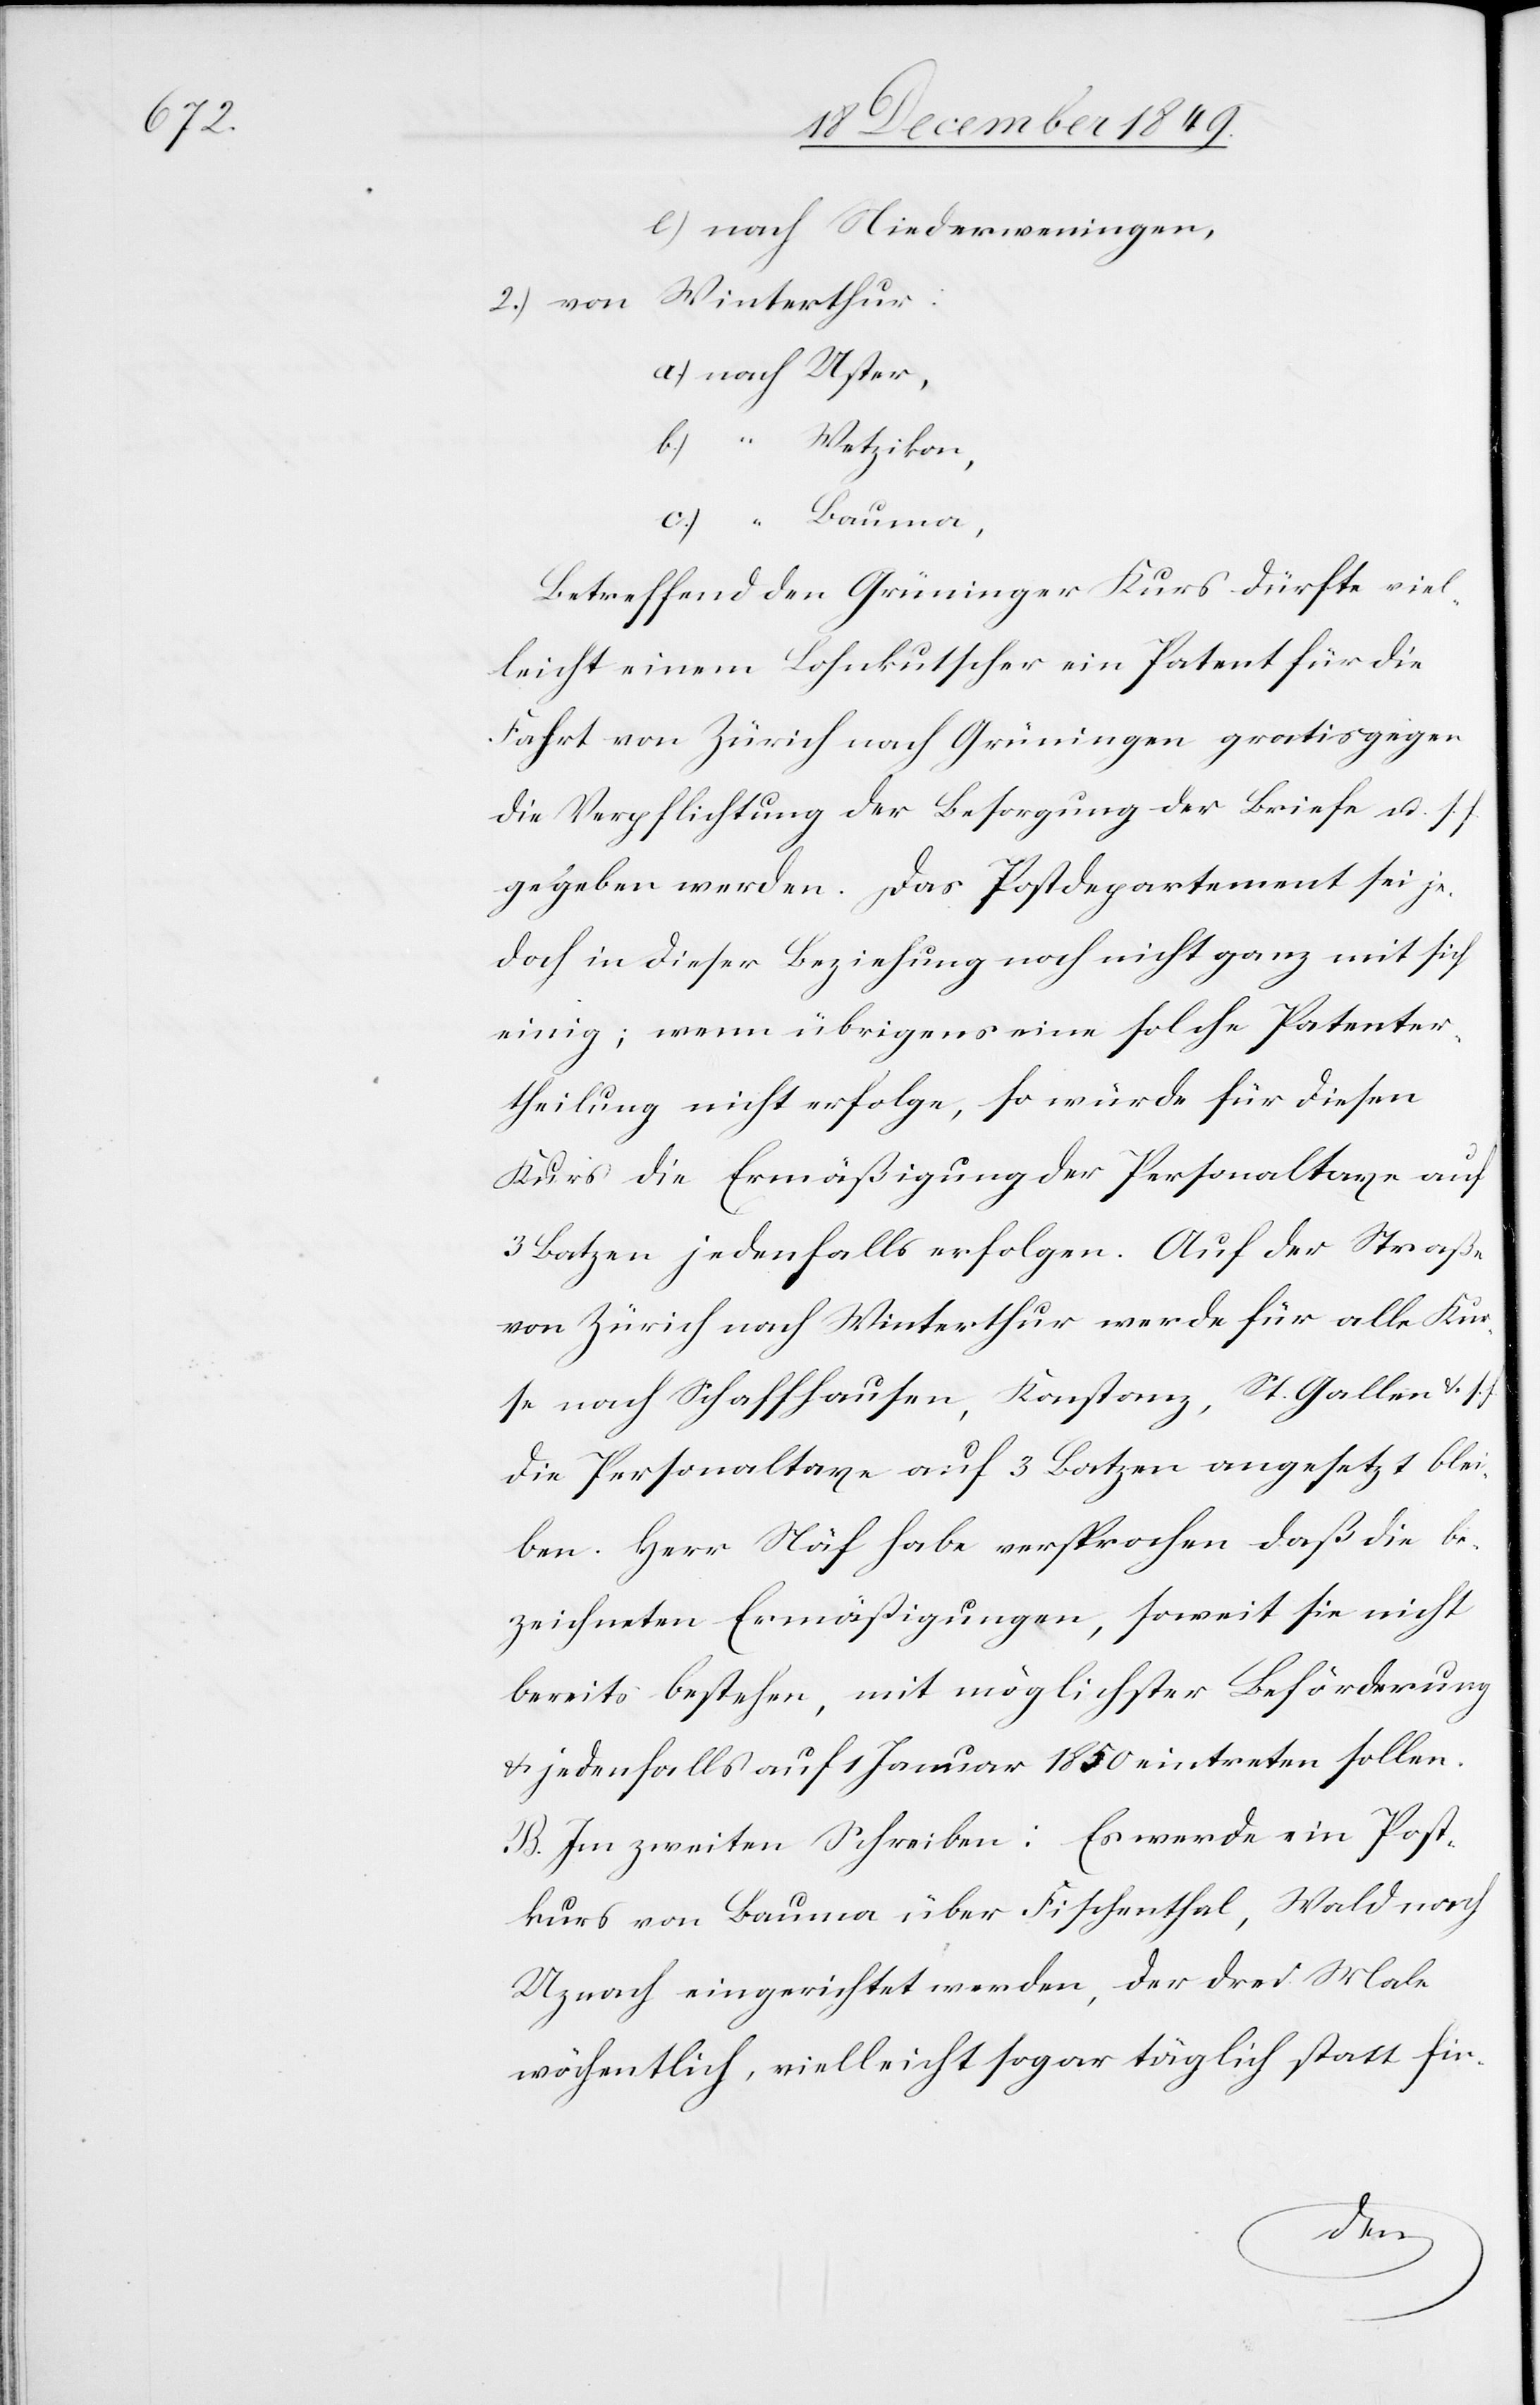
2.) von Winterthur:
a.) nach Uster,
b.) “		 Wetzikon,
Betreffend den Grüninger Kurs dürfte viel¬
leicht einem Lohnkutscher ein Patent für die
Fahrt von Zürich nach Grüningen gratis gegen
die Verpflichtung der Besorgung der Briefe u. s.
gegeben werden. Das Postdepartement sei je¬
doch in dieser Beziehung noch nicht ganz mit sich
einig; wenn übrigens eine solche Patenter¬
theilung nicht erfolge, so würde für diesen
Kurs die Ermäßigung der Personaltaxe auf
3 Batzen jedenfalls erfolgen. Auf die Straße
von Zürich nach Winterthur werde für alle Kur¬
se nach Schaffhausen, Konstanz, St. Gallen u. s.
die Personaltaxe auf 3 Batzen angesetzt blei¬
ben. Herr Näf habe versprochen daß die be¬
zeichneten Ermäßigungen, soweit sie nicht
bereits bestehen, mit möglichster Beförderung
u. jedenfalls auf 1 Januar 1850 eintreten sollen.
B. Im zweiten Schreiben: Es werde ein Post¬
kurs von Bauma über Fischenthal, Waldenach
Uznach eingerichtet werden, der drei Male
wöchentlich, vielleicht sogar täglich statt fin-